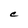
Character: C